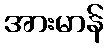
အားမာန်